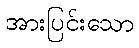
အားပြင်းသော